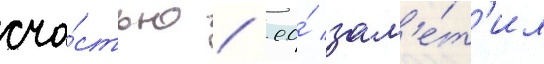
сча́стью / ео́ зам'е́т'ил